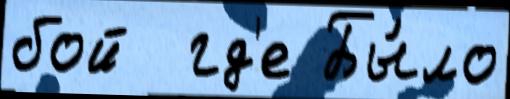
бой  гд'е Бы́ло